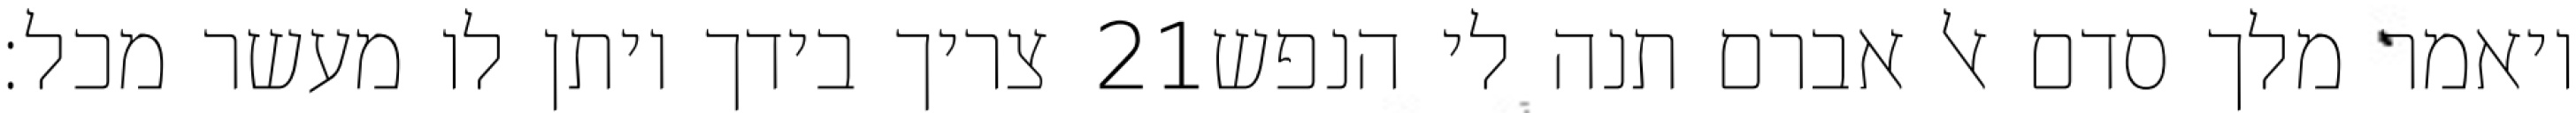
צריך בידך ויתן לו מעשר מכל׃ ‎21‏ ויאמר מלך סדם אל אברם תנה לי הנפש